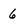
Character: 6